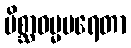
မိစ္ဆာဓမ္မပရေတာ